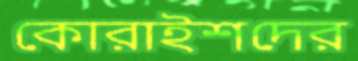
কোরাইশদের